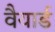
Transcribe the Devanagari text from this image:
वैयार्ड